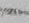
أنذار